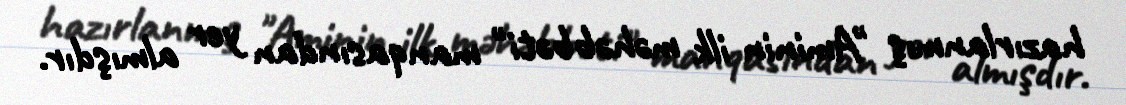
hazırlanmış "Aminin ilk məhəbbəti" manqasından yer almışdır.